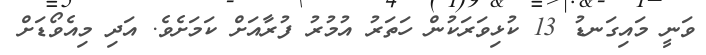
ވަނީ މައިގަނޑު 13 ކުޅިވަރަކުން ހަތަރު އުމުރު ފުރާއަށް ކަމަށެވެ. އަދި މިއެވޯޑަށް